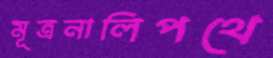
মূত্রনালিপথে